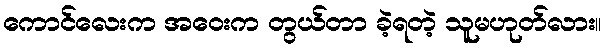
ကောင်လေးက အဝေးက တွယ်တာ ခဲ့ရတဲ့ သူမဟုတ်လား။